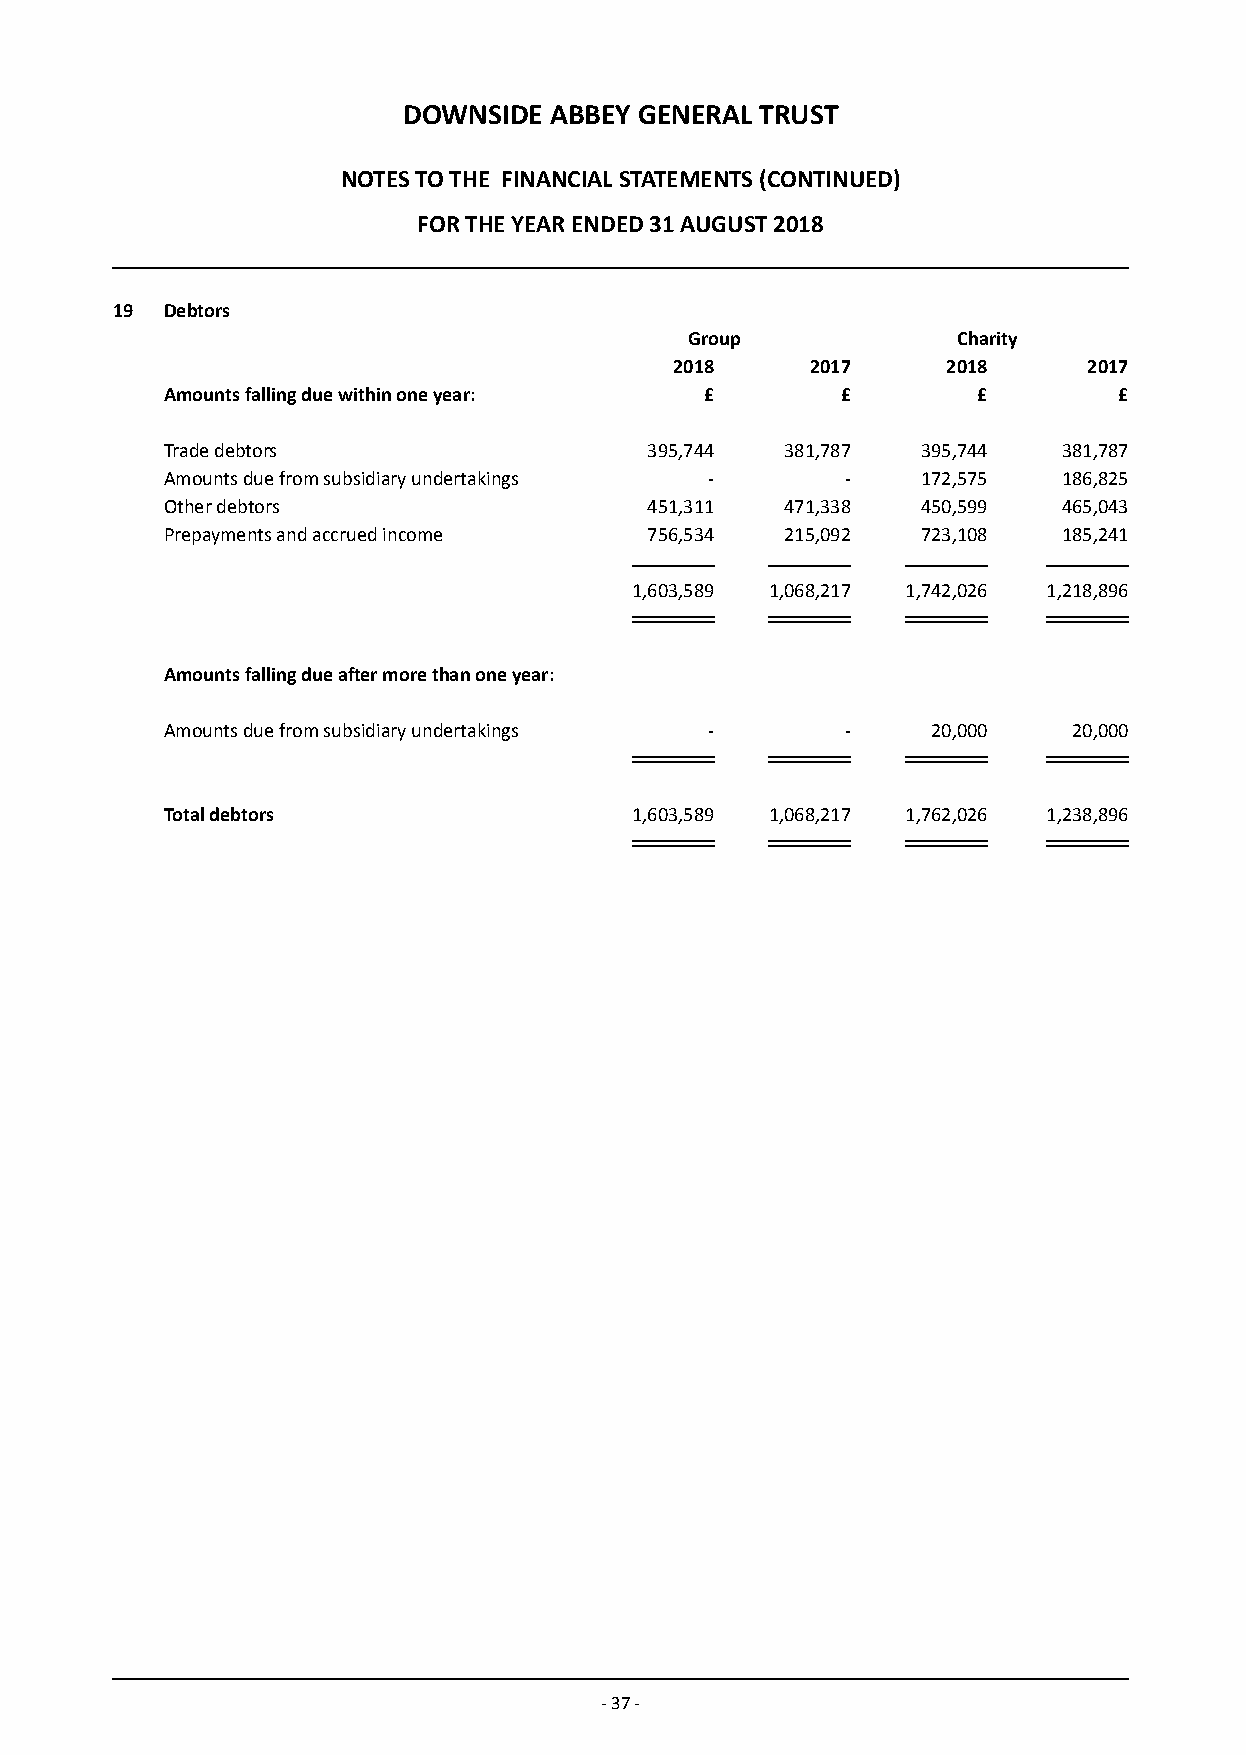
DOWNSIDE ABBEY GENERAL TRUST
 NOTES TO THE FINANCIAL STATEMENTS (CONTINUED)
 FOR THE YEAR ENDED 31 AUGUST 2018
 19  Debtors
 Group            Charity
 2018     2017     2018     2017
 Amounts falling due within one year: £       £        £        £
 Trade debtors                   395,744  381,787  395,744  381,787
 Amounts due from subsidiary undertakings -   -    172,575  186,825
 Other debtors                   451,311  471,338  450,599  465,043
 Prepayments and accrued income  756,534  215,092  723,108  185,241
 1,603,589 1,068,217 1,742,026 1,218,896
 Amounts falling due after more than one year:
 Amounts due from subsidiary undertakings -   -     20,000   20,000
 Total debtors                  1,603,589 1,068,217 1,762,026 1,238,896
 - 37 -